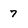
Character: 7